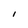
Character: l